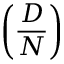
\left( { \frac { D } { N } } \right)